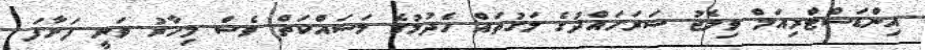
އިންޑަސްޓްރިއަލް ވިލެޖު ސަރަހައްދުގެ މަގުތައް ހެދުމުގެ މަސައްކަތް ވެސް މިހާރު ވަނީ ފަށާފަ